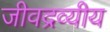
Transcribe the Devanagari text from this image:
जीवद्रव्यीय